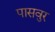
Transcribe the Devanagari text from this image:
पासवुर